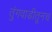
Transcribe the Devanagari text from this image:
तुंगवाडीतूनच